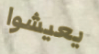
يعيشوا